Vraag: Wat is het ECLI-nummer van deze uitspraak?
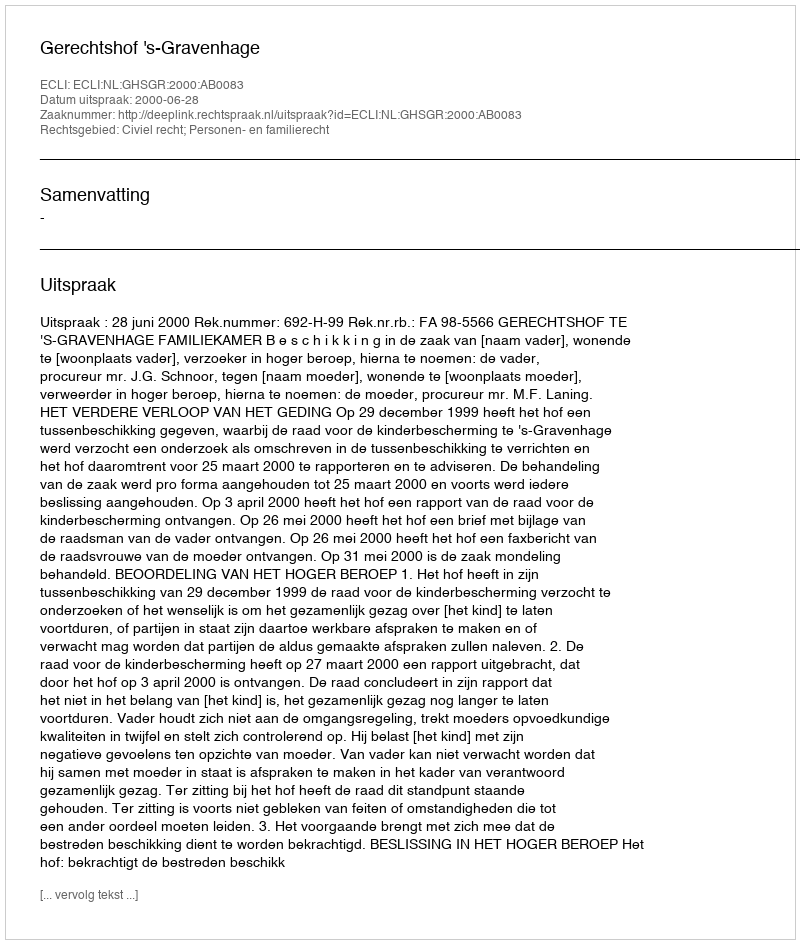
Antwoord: ECLI:NL:GHSGR:2000:AB0083